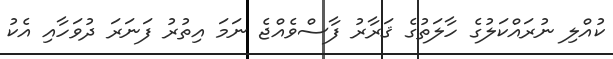
ކުއްލި ނުރައްކަލުގެ ހާލަތުގެ ޤަރާރު ފާސްވެއްޖެ ނަމަ އިތުރު ފަނަރަ ދުވަހާއި އެކު